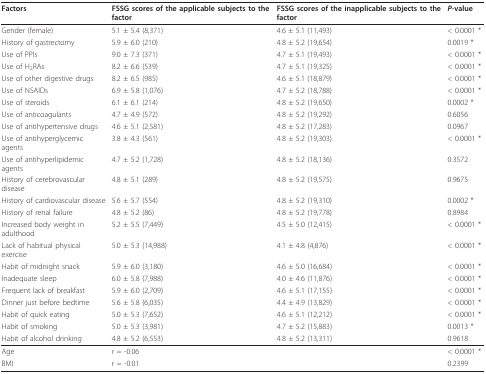
<table><thead><tr><td><b>Factors</b></td><td><b>FSSG scores of the applicable subjects to the factor</b></td><td><b>FSSG scores of the inapplicable subjects to the factor</b></td><td><b><i>P-</i>value</b></td></tr></thead><tbody><tr><td>Gender (female)</td><td>5.1 ± 5.4 (8,371)</td><td>4.6 ± 5.1 (11,493)</td><td>&lt; 0.0001 *</td></tr><tr><td>History of gastrectomy</td><td>5.9 ± 6.0 (210)</td><td>4.8 ± 5.2 (19,654)</td><td>0.0019 *</td></tr><tr><td>Use of PPIs</td><td>9.0 ± 7.3 (371)</td><td>4.7 ± 5.1 (19,493)</td><td>&lt; 0.0001 *</td></tr><tr><td>Use of H<sub>2</sub>RAs</td><td>8.2 ± 6.6 (539)</td><td>4.7 ± 5.1 (19,325)</td><td>&lt; 0.0001 *</td></tr><tr><td>Use of other digestive drugs</td><td>8.2 ± 6.5 (985)</td><td>4.6 ± 5.1 (18,879)</td><td>&lt; 0.0001 *</td></tr><tr><td>Use of NSAIDs</td><td>6.9 ± 5.8 (1,076)</td><td>4.7 ± 5.2 (18,788)</td><td>&lt; 0.0001 *</td></tr><tr><td>Use of steroids</td><td>6.1 ± 6.1 (214)</td><td>4.8 ± 5.2 (19,650)</td><td>0.0002 *</td></tr><tr><td>Use of anticoagulants</td><td>4.7 ± 4.9 (572)</td><td>4.8 ± 5.2 (19,292)</td><td>0.6056</td></tr><tr><td>Use of antihypertensive drugs</td><td>4.6 ± 5.1 (2,581)</td><td>4.8 ± 5.2 (17,283)</td><td>0.0967</td></tr><tr><td>Use of antihyperglycemic agents</td><td>3.8 ± 4.3 (561)</td><td>4.8 ± 5.2 (19,303)</td><td>&lt; 0.0001 *</td></tr><tr><td>Use of antihyperlipidemic agents</td><td>4.7 ± 5.2 (1,728)</td><td>4.8 ± 5.2 (18,136)</td><td>0.3572</td></tr><tr><td>History of cerebrovascular disease</td><td>4.8 ± 5.1 (289)</td><td>4.8 ± 5.2 (19,575)</td><td>0.9675</td></tr><tr><td>History of cardiovascular disease</td><td>5.6 ± 5.7 (554)</td><td>4.8 ± 5.2 (19,310)</td><td>0.0002 *</td></tr><tr><td>History of renal failure</td><td>4.8 ± 5.2 (86)</td><td>4.8 ± 5.2 (19,778)</td><td>0.8984</td></tr><tr><td>Increased body weight in adulthood</td><td>5.2 ± 5.5 (7,449)</td><td>4.5 ± 5.0 (12,415)</td><td>&lt; 0.0001 *</td></tr><tr><td>Lack of habitual physical exercise</td><td>5.0 ± 5.3 (14,988)</td><td>4.1 ± 4.8 (4,876)</td><td>&lt; 0.0001 *</td></tr><tr><td>Habit of midnight snack</td><td>5.9 ± 6.0 (3,180)</td><td>4.6 ± 5.0 (16,684)</td><td>&lt; 0.0001 *</td></tr><tr><td>Inadequate sleep</td><td>6.0 ± 5.8 (7,988)</td><td>4.0 ± 4.6 (11,876)</td><td>&lt; 0.0001 *</td></tr><tr><td>Frequent lack of breakfast</td><td>5.9 ± 6.0 (2,709)</td><td>4.6 ± 5.1 (17,155)</td><td>&lt; 0.0001 *</td></tr><tr><td>Dinner just before bedtime</td><td>5.6 ± 5.8 (6,035)</td><td>4.4 ± 4.9 (13,829)</td><td>&lt; 0.0001 *</td></tr><tr><td>Habit of quick eating</td><td>5.0 ± 5.3 (7,652)</td><td>4.6 ± 5.1 (12,212)</td><td>&lt; 0.0001 *</td></tr><tr><td>Habit of smoking</td><td>5.0 ± 5.3 (3,981)</td><td>4.7 ± 5.2 (15,883)</td><td>0.0013 *</td></tr><tr><td>Habit of alcohol drinking</td><td>4.8 ± 5.2 (6,553)</td><td>4.8 ± 5.2 (13,311)</td><td>0.9618</td></tr><tr><td>Age</td><td colspan="2">r = -0.06</td><td>&lt; 0.0001 *</td></tr><tr><td>BMI</td><td colspan="2">r = -0.01</td><td>0.2399</td></tr></tbody></table>